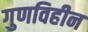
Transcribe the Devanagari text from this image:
गुणविहीन